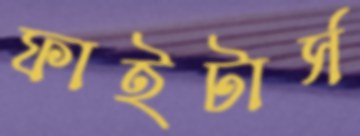
ফাইটার্স